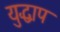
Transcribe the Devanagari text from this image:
युद्धाप